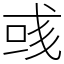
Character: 彧